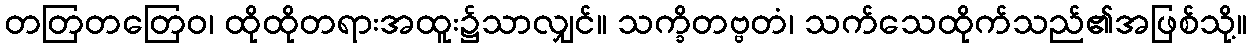
တတြတတြေဝ၊ ထိုထိုတရားအထူး၌သာလျှင်။ သက္ခိတဗ္ဗတံ၊ သက်သေထိုက်သည်၏အဖြစ်သို့။